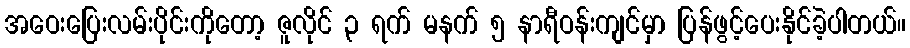
အဝေးပြေးလမ်းပိုင်းကိုတော့ ဇူလိုင် ၃ ရက် မနက် ၅ နာရီဝန်းကျင်မှာ ပြန်ဖွင့်ပေးနိုင်ခဲ့ပါတယ်။